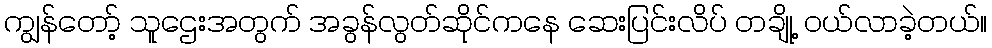
ကျွန်တော့် သူဌေးအတွက် အခွန်လွတ်ဆိုင်ကနေ ဆေးပြင်းလိပ် တချို့ ဝယ်လာခဲ့တယ်။